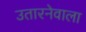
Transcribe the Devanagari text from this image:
उतारनेवाला